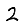
Digit: 2